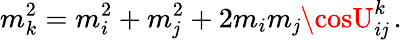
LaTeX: m_{k}^{2}=m_{i}^{2}+m_{\mathit{j}}^{2}+2m_{i}m_{\mathit{j}}\cosU_{i\mathit{j}}^{k}\, .